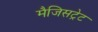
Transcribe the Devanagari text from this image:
मैजिसट्रेट